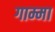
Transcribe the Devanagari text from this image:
गाम्मा